Calcutta medical institutions reports 1892-1900
Year: 1892
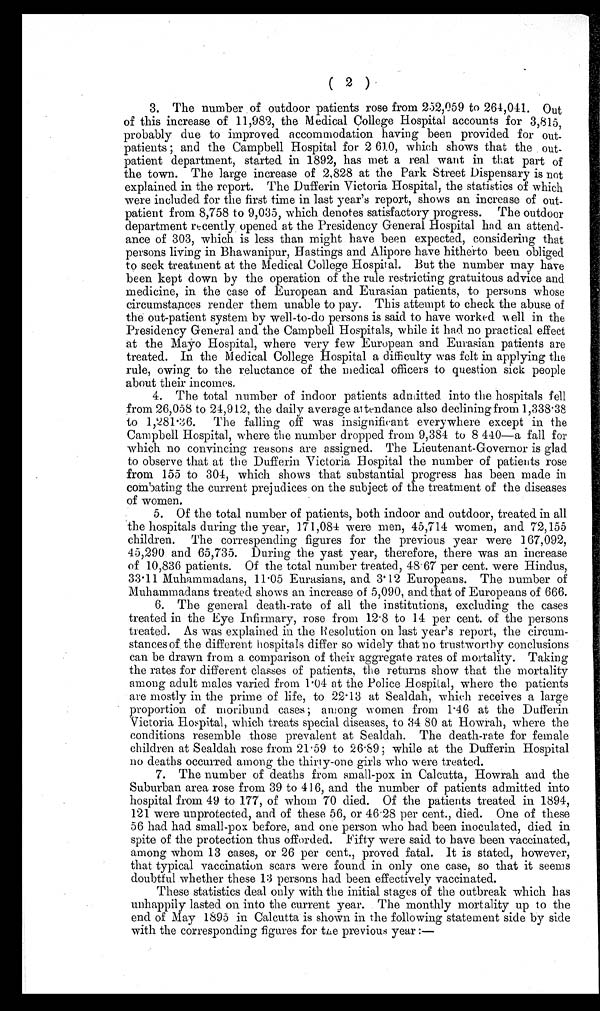
( 2 )
3. The number of outdoor patients rose from 252,059 to 264,041. Out
of this increase of 11,982, the Medical College Hospital accounts for 3,815,
probably due to improved accommodation having been provided for out
-patients; and the Campbell Hospital for 2 610, which shows that the out
-patient department, started in 1892, has met a real want in that part of
the town. The large increase of 2,828 at the Park Street Dispensary is not
explained in the report. The Dufferin Victoria Hospital, the statistics of which
were included for the first time in last year's report, shows an increase of out
-patient from 8,758 to 9,035, which denotes satisfactory progress. The outdoor
department recently opened at the Presidency General Hospital had an attend
-ance of 303, which is less than might have been expected, considering that
persons living in Bhawanipur, Hastings and Alipore have hitherto been obliged
to seek treatment at the Medical College Hospital. But the number may have
been kept down by the operation of the rule restricting gratuitous advice and
medicine, in the case of European and Eurasian patients, to persons whose
circumstances render them unable to pay. This attempt to check the abuse of
the out-patient system by well-to-do persons is said to have worked well in the
Presidency General and the Campbell Hospitals, while it had no practical effect
at the Mayo Hospital, where very few European and Eurasian patients are
treated. In the Medical College Hospital a difficulty was felt in applying the
rule, owing to the reluctance of the medical officers to question sick people
about their incomes.
4. The total number of indoor patients admitted into the hospitals fell
from 26,058 to 24,912, the daily average attendance also declining from 1,338·38
to 1,281·36. The falling off was insignificant everywhere except in the
Campbell Hospital, where the number dropped from 9,384 to 8 440—a fall for
which no convincing reasons are assigned. The Lieutenant-Governor is glad
to observe that at the Dufferin Victoria Hospital the number of patients rose
from 155 to 304, which shows that substantial progress has been made in
combating the current prejudices on the subject of the treatment of the diseases
of women.
5. Of the total number of patients, both indoor and outdoor, treated in all
the hospitals during the year, 171,084 were men, 45,714 women, and 72,155
children. The corresponding figures for the previous year were 167,092,
45,290 and 65,735. During the yast year, therefore, there was an increase
of 10,836 patients. Of the total number treated, 48·67 per cent. were Hindus,
33·11 Muhammadans, 11·05 Eurasians, and 3·12 Europeans. The number of
Muhammadans treated shows an increase of 5,090, and that of Europeans of 666.
6. The general death-rate of all the institutions, excluding the cases
treated in the Eye Infirmary, rose from 12·8 to 14 per cent. of the persons
treated. As was explained in the Resolution on last year's report, the circum
-stances of the different hospitals differ so widely that no trustworthy conclusions
can be drawn from a comparison of their aggregate rates of mortality. Taking
the rates for different classes of patients, the returns show that the mortality
among adult males varied from 1·04 at the Police Hospital, where the patients
are mostly in the prime of life, to 22·13 at Sealdah, which receives a large
proportion of moribund cases; among women from 1·46 at the Dufferin
Victoria Hospital, which treats special diseases, to 34 80 at Howrah, where the
conditions resemble those prevalent at Sealdah. The death-rate for female
children at Sealdah rose from 21·59 to 26·89; while at the Dufferin Hospital
no deaths occurred among the thirty-one girls who were treated.
7. The number of deaths from small-pox in Calcutta, Howrah and the
Suburban area rose from 39 to 416, and the number of patients admitted into
hospital from 49 to 177, of whom 70 died. Of the patients treated in 1894,
121 were unprotected, and of these 56, or 46·28 per cent., died. One of these
56 had had small-pox before, and one person who had been inoculated, died in
spite of the protection thus offorded. Fifty were said to have been vaccinated,
among whom 13 cases, or 26 per cent., proved fatal. It is stated, however,
that typical vaccination scars were found in only one case, so that it seems
doubtful whether these 13 persons had been effectively vaccinated.
These statistics deal only with the initial stages of the outbreak which has
unhappily lasted on into the current year. The monthly mortality up to the
end of May 1895 in Calcutta is shown in the following statement side by side
with the corresponding figures for the previous year:—